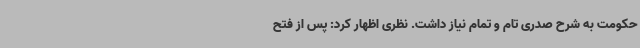
حکومت به شرح صدری تام و تمام نیاز داشت. نظری اظهار کرد: پس از فتح